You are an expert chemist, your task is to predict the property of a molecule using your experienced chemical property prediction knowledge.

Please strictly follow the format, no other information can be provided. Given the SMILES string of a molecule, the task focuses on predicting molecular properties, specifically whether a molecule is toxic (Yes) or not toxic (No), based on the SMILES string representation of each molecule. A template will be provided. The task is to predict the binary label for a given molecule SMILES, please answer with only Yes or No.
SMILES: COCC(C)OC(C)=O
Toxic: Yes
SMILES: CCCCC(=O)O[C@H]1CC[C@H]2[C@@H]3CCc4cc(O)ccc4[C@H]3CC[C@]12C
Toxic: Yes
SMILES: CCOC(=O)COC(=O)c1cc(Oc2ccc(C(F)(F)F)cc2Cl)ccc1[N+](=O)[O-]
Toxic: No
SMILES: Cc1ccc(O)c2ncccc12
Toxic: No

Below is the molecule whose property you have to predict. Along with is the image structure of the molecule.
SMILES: Cc1c(Cl)cccc1Cl
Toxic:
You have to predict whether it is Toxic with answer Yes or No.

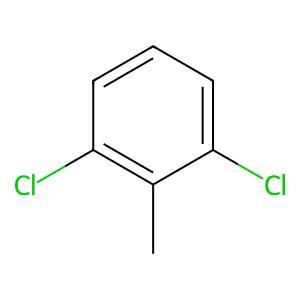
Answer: No